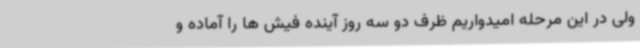
ولی در این مرحله امیدواریم ظرف دو سه روز آینده فیش ها را آماده و